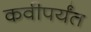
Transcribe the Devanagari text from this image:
कवीपर्यंत